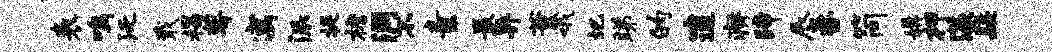
表鸣泛戢揭萼寓派提檐洞不素最异董哦圮睇的邃瘠蹄蜃咨简媾柙漾髭